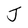
Character: J